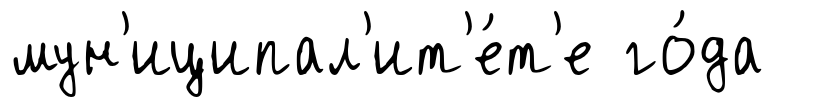
мун'иципал'ит'е́т'е го́да